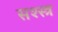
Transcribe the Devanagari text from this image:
सश्स्त्र